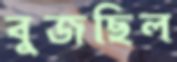
বুজছিল